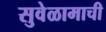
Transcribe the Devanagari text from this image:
सुवेळामाची